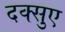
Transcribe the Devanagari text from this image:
दक्सुए